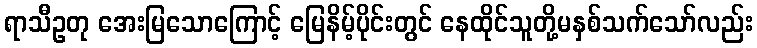
ရာသီဥတု အေးမြသောကြောင့် မြေနိမ့်ပိုင်းတွင် နေထိုင်သူတို့မနှစ်သက်သော်လည်း